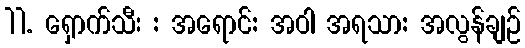
11. ရှောက်သီး : အရောင်: အဝါ အရသာ: အလွန်ချဉ်